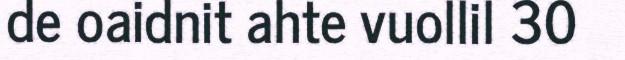
de oaidnit ahte vuollil 30